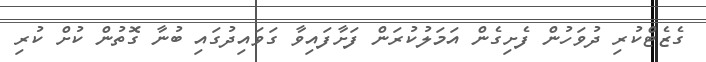
ގެޒެޓްކުރި ދުވަހުން ފެށިގެން އަމަލުކުރަން ފަށާފައިވާ ގަވައިދުގައި ބުނާ ގޮތުން ކުށް ކުރި